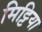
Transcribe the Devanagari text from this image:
मिट्टिया